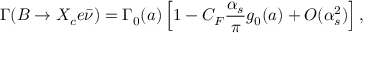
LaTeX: \Gamma ( B \to X _ { c } e \bar { \nu } ) = \Gamma _ { 0 } ( a ) \left[ 1 - C _ { F } \frac { \alpha _ { s } } { \pi } g _ { 0 } ( a ) + O ( \alpha _ { s } ^ { 2 } ) \right] ,